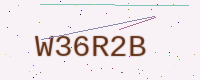
Text: W36R2B